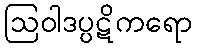
ဩဝါဒပ္ပဋိကရော